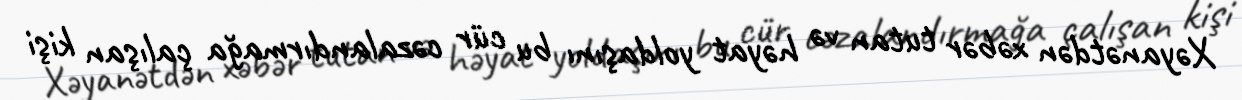
Xəyanətdən xəbər tutan və həyat yoldaşını bu cür cəzalandırmağa çalışan kişi